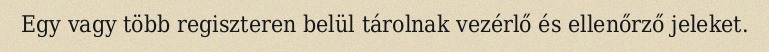
Egy vagy több regiszteren belül tárolnak vezérlő és ellenőrző jeleket.